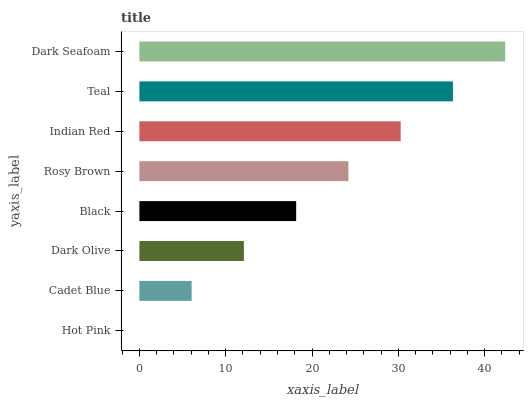
| yaxis_label | bars |
 | --- | --- |
 | Hot Pink | 0 |
 | Cadet Blue | 6.05 |
 | Dark Olive | 12.1 |
 | Black | 18.2 |
 | Rosy Brown | 24.2 |
 | Indian Red | 30.3 |
 | Teal | 36.3 |
 | Dark Seafoam | 42.4 |